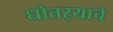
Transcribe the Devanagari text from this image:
धोतर्‍याचे